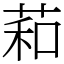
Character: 萂